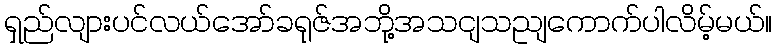
ရှည်လျားပင်လယ်အော်ခရုဇ်အဘို့အသငျသညျကောက်ပါလိမ့်မယ်။